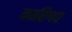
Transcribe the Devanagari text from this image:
कारिगर